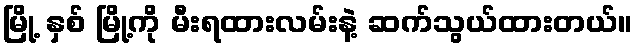
မြို့ နှစ် မြို့ကို မီးရထားလမ်းနဲ့ ဆက်သွယ်ထားတယ်။